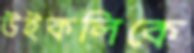
উইকলিকে